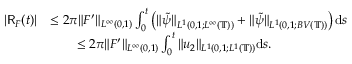
\begin{array} { r l } { | \mathsf { R } _ { F } ( t ) | } & { \leq 2 \pi \| F ^ { \prime } \| _ { L ^ { \infty } ( 0 , 1 ) } \int _ { 0 } ^ { t } \left( \| \tilde { \psi } \| _ { L ^ { 1 } ( 0 , 1 ; L ^ { \infty } ( \mathbb { T } ) ) } + \| \tilde { \psi } \| _ { L ^ { 1 } ( 0 , 1 ; B V ( \mathbb { T } ) ) } \right) \mathrm { d } s } \\ & { \qquad \leq 2 \pi \| F ^ { \prime } \| _ { L ^ { \infty } ( 0 , 1 ) } \int _ { 0 } ^ { t } \| u _ { 2 } \| _ { L ^ { 1 } ( 0 , 1 ; L ^ { 1 } ( \mathbb { T } ) ) } \mathrm { d } s . } \end{array}